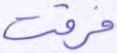
فرقت